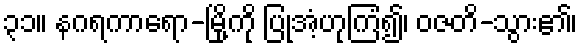
၃၁။ နဂရကာရော-မြို့ကို ပြုအံ့ဟုကြံ၍၊ ဝဇတိ-သွား၏၊